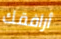
أرافقك